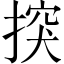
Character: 揬